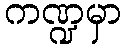
ကဏ္ဍမှာ